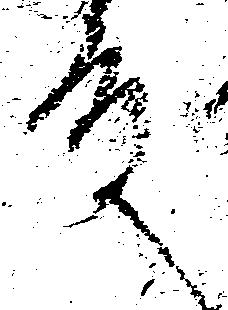
殿